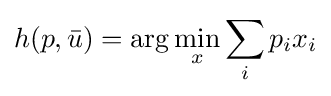
h(p,{\bar {u}})=\arg \min _{x}\sum _{i}p_{i}x_{i}